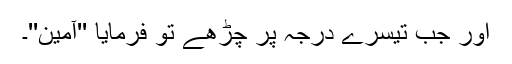
اور جب تیسرے درجہ پر چڑھے تو فرمایا ''آمین''۔